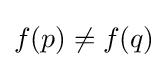
f(p)\neq f(q)